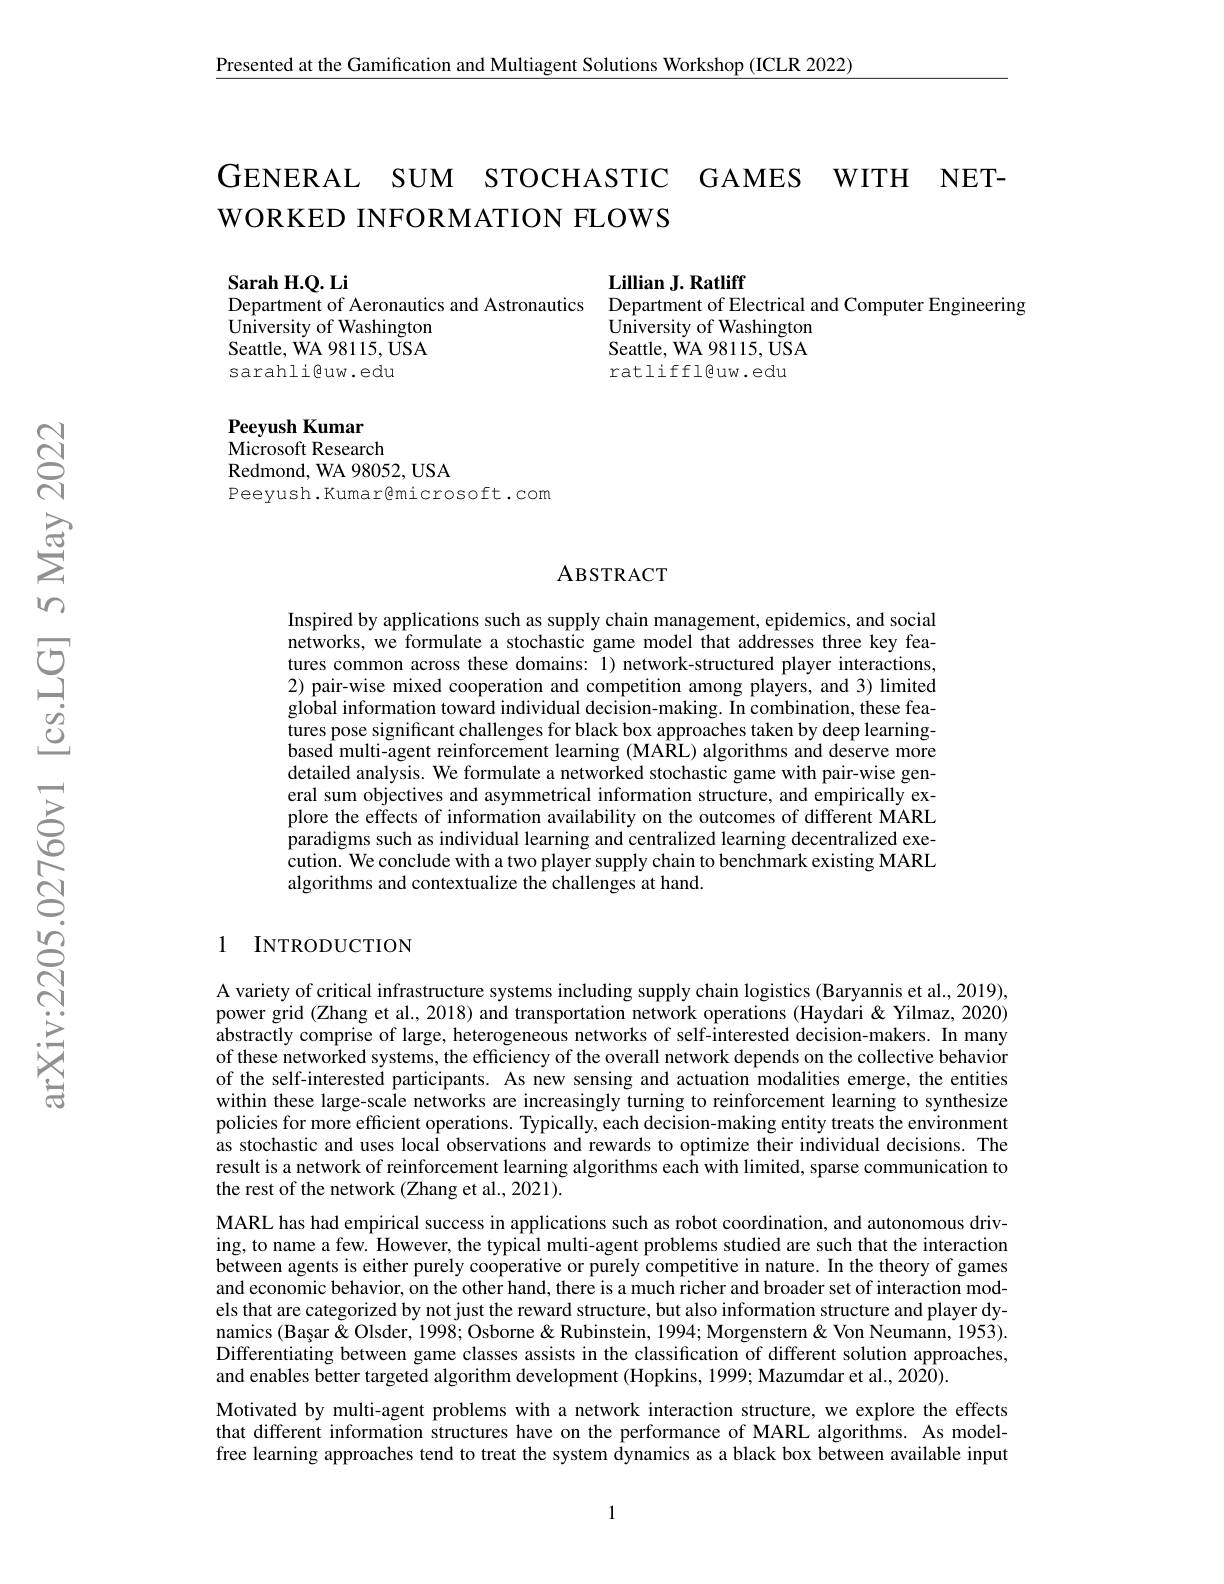
Presented at the Gamification and Multiagent Solutions Workshop (ICLR 2022)

GENERAL SUM STOCHASTIC GAMES WITH NET-
WORKED INFORMATION FLOWS

Sarah H.Q. Li
$\textbf{Lillian J. Ratliff}$
Department of Aeronautics and Astronautics Department of Electrical and Computer Engineering
$\hat{\text{University of Washington}}$
University of Washington
Seattle, WA 98115, USA
Seattle, WA 98115, USA
ratliffl@uw.edu
sarahliguw.edu

Peeyush Kumar
Microsoft Research
Redmond, WA 98052, USA
Peeyush.Kumar@microsoft.com

## ABSTRACT

Inspired by applications such as supply chain management, epidemics, and social networks, we formulate a stochastic game model that addresses three key features common across these domains: 1) network-structured player interactions, 2) pair-wise mixed cooperation and competition among players, and 3) limited global information toward individual decision-making. In combination, these features pose significant challenges for black box approaches taken by deep learningbased multi-agent reinforcement learning (MARL) algorithms and deserve more detailed analysis. We formulate a networked stochastic game with pair-wise general sum objectives and asymmetrical information structure, and empirically explore the effects of information availability on the outcomes of different MARL paradigms such as individual learning and centralized learning decentralized execution. We conclude with a two player supply chain to benchmark existing MARL algorithms and contextualize the challenges at hand.

## 1 INTRODUCTION

A variety of critical infrastructure systems including supply chain logistics (Baryannis et al., 2019), power grid (Zhang et al., 2018) and transportation network operations (Haydari & Yilmaz, 2020) abstractly comprise of large, heterogeneous networks of self-interested decision-makers. In many of these networked systems, the efficiency of the overall network depends on the collective behavior of the self-interested participants. As new sensing and actuation modalities emerge, the entities within these large-scale networks are increasingly turning to reinforcement learning to synthesize policies for more efficient operations. Typically, each decision-making entity treats the environment as stochastic and uses local observations and rewards to optimize their individual decisions. The result is a network of reinforcement learning algorithms each with limited, sparse communication to the rest of the network (Zhang et al., 2021).
MARL has had empirical success in applications such as robot coordination, and autonomous driving, to name a few. However, the typical multi-agent problems studied are such that the interaction between agents is either purely cooperative or purely competitive in nature. In the theory of games and economic behavior, on the other hand, there is a much richer and broader set of interaction models that are categorized by not just the reward structure, but also information structure and player dynamics (Bașar $\breve{\&}$ Olsder, 1998; Osborne & Rubinstein, 1994; Morgenstern & Von Neumann, 1953). Differentiating between game classes assists in the classification of different solution approaches, and enables better targeted algorithm development (Hopkins, 1999; Mazumdar et al., 2020).
Motivated by multi-agent problems with a network interaction structure, we explore the effects that different information structures have on the performance of MARL algorithms. As modelfree learning approaches tend to treat the system dynamics as a black box between available input